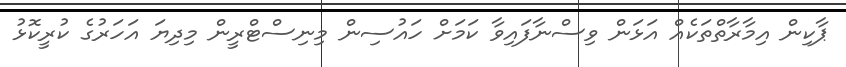
ޕާކިން އިމާރާތްތަކެއް އަޅަން ވިސްނާފައިވާ ކަމަށް ހައުސިން މިނިސްޓްރީން މިދިޔަ އަހަރުގެ ކުރީކޮޅު